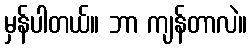
မှန်ပါတယ်။ ဘာ ကျန်တာလဲ။